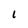
Character: l